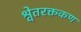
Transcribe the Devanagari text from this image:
श्वेतरक्तकण